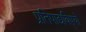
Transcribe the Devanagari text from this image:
प्रतिपाद्यविषयों